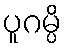
ပူဂမ္ပိ